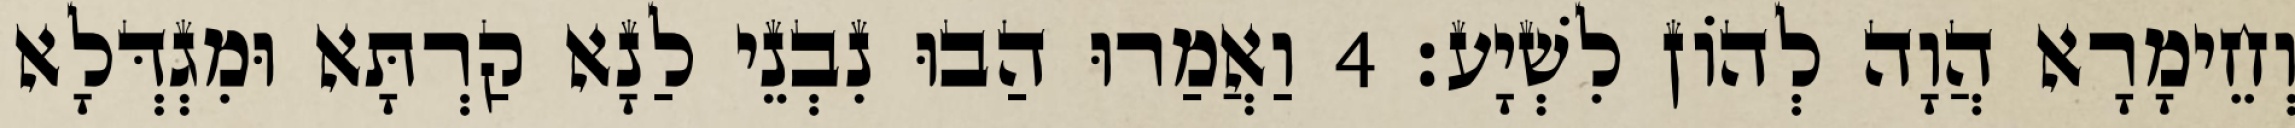
וְחֵימָרָא הֲוָה לְהוֹן לִשְׁיָע׃ 4 וַאֲמַרוּ הַבוּ נִבְנֵי לַנָא קַרְתָּא וּמִגְדְּלָא